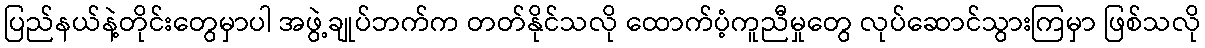
ပြည်နယ်နဲ့တိုင်းတွေမှာပါ အဖွဲ့ချုပ်ဘက်က တတ်နိုင်သလို ထောက်ပံ့ကူညီမှုတွေ လုပ်ဆောင်သွားကြမှာ ဖြစ်သလို